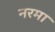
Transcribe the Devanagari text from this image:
नरमा